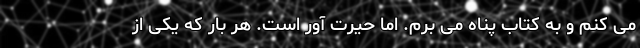
می کنم و به کتاب پناه می برم. اما حیرت آور است. هر بار که یکی از